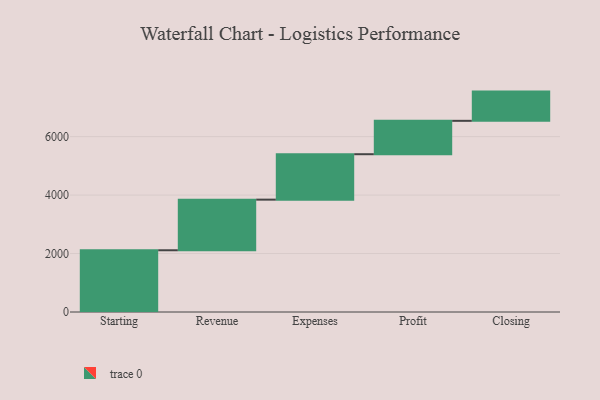
{"axis": {"x": "Step", "y": "Value"}, "legend": [""], "data": [{"x": "Starting", "y": 2112.0, "type": ""}, {"x": "Revenue", "y": 1732.0, "type": ""}, {"x": "Expenses", "y": 1554.0, "type": ""}, {"x": "Profit", "y": 1142.0, "type": ""}, {"x": "Closing", "y": 1000, "type": ""}]}